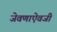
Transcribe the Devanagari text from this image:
जेवणाऐवजी